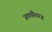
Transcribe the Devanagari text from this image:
अच्छीतरह